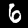
Label: 6